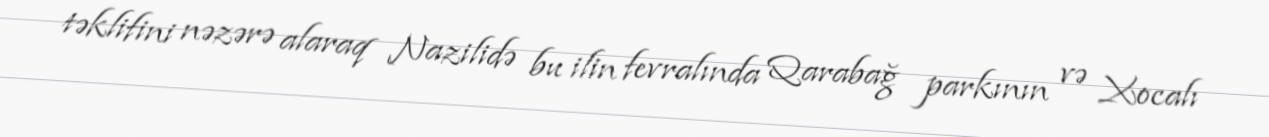
təklifini nəzərə alaraq Nazilidə bu ilin fevralında Qarabağ parkının və Xocalı